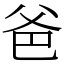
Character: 爸